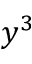
y ^ { 3 }